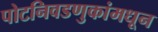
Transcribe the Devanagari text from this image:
पोटनिवडणुकांमधून